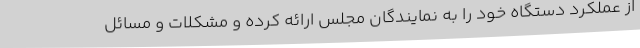
از عملکرد دستگاه خود را به نمایندگان مجلس ارائه کرده و مشکلات و مسائل